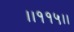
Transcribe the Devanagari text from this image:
।।११५।।